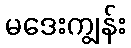
မဒေးကျွန်း